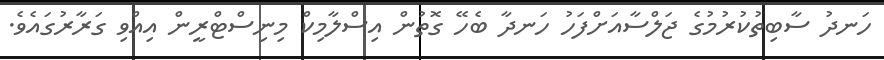
ހަނދު ސާބިތުކުރުމުގެ ޖަލްސާއަށްފަހު ހަނދާ ބެހޭ ގޮތުން އިސްލާމިކް މިނިސްޓްރީން އިއްވި ގަރާރުގައެވެ.